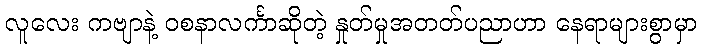
လူလေး ကဗျာနဲ့ ဝစနာလင်္ကာဆိုတဲ့ နှုတ်မှုအတတ်ပညာဟာ နေရာများစွာမှာ